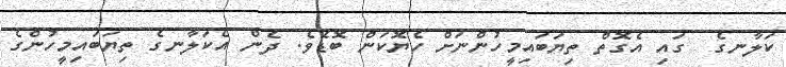
ކަލާނގެ  ގައި އެގޮތް ތިޔަބައިމީހުންނަށް ހެޔޮކަން ބޮޑެވެ. ދެން އެކަލާނގެ ތިޔަބައިމީހުންގެ